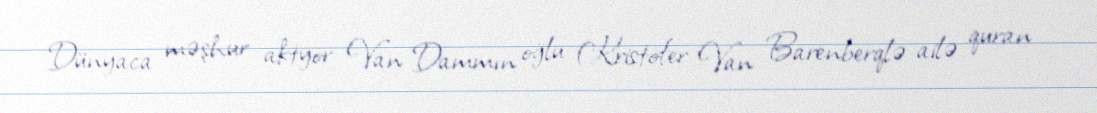
Dünyaca məşhur aktyor Van Dammın oğlu Kristofer Van Barenberqlə ailə quran